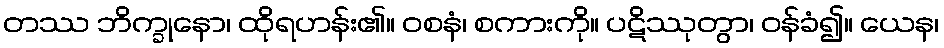
တဿ ဘိက္ခုနော၊ ထိုရဟန်း၏။ ဝစနံ၊ စကားကို။ ပဋိဿုတွာ၊ ဝန်ခံ၍။ ယေန၊